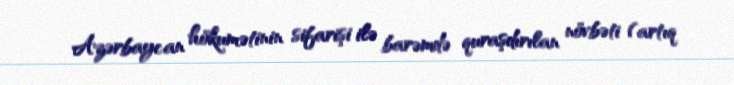
Azərbaycan hökumətinin sifarişi ilə barəmdə quraşdırılan növbəti (artıq